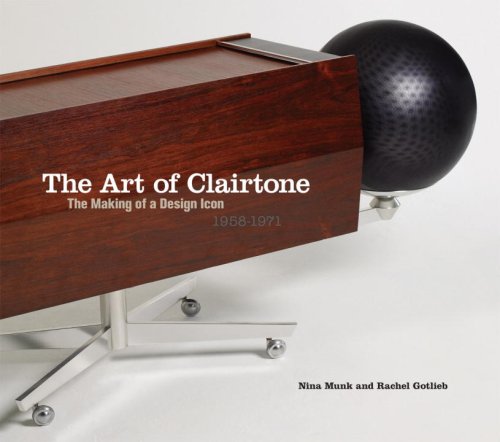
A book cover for The Art of Clairtone: The Making of a Design Icon, 1958-1971; Nina Munk; Crafts, Hobbies & Home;